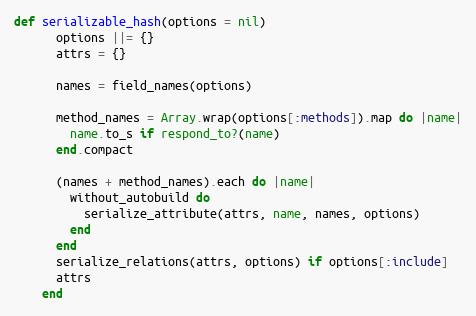
Language: Ruby
def serializable_hash(options = nil)
      options ||= {}
      attrs = {}

      names = field_names(options)

      method_names = Array.wrap(options[:methods]).map do |name|
        name.to_s if respond_to?(name)
      end.compact

      (names + method_names).each do |name|
        without_autobuild do
          serialize_attribute(attrs, name, names, options)
        end
      end
      serialize_relations(attrs, options) if options[:include]
      attrs
    end